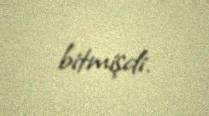
bitmişdi.